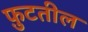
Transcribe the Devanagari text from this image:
फ़ुटतील